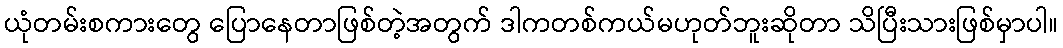
ယုံတမ်းစကားတွေ ပြောနေတာဖြစ်တဲ့အတွက် ဒါကတစ်ကယ်မဟုတ်ဘူးဆိုတာ သိပြီးသားဖြစ်မှာပါ။